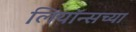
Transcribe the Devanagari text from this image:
लियॉन्सच्या